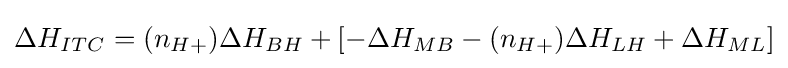
\Delta H_{ITC}=(n_{H+})\Delta H_{BH}+[-\Delta H_{MB}-(n_{H+})\Delta H_{LH}+\Delta H_{ML}]